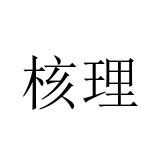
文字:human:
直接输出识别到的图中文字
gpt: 核理